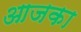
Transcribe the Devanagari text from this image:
आजका